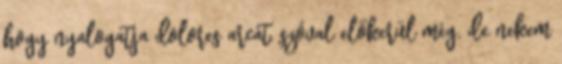
hogy nyalogatja dolores arcát, szóval előkerül még. de nekem